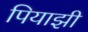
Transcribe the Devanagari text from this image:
पियाझी